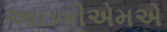
આઇબીએમએ